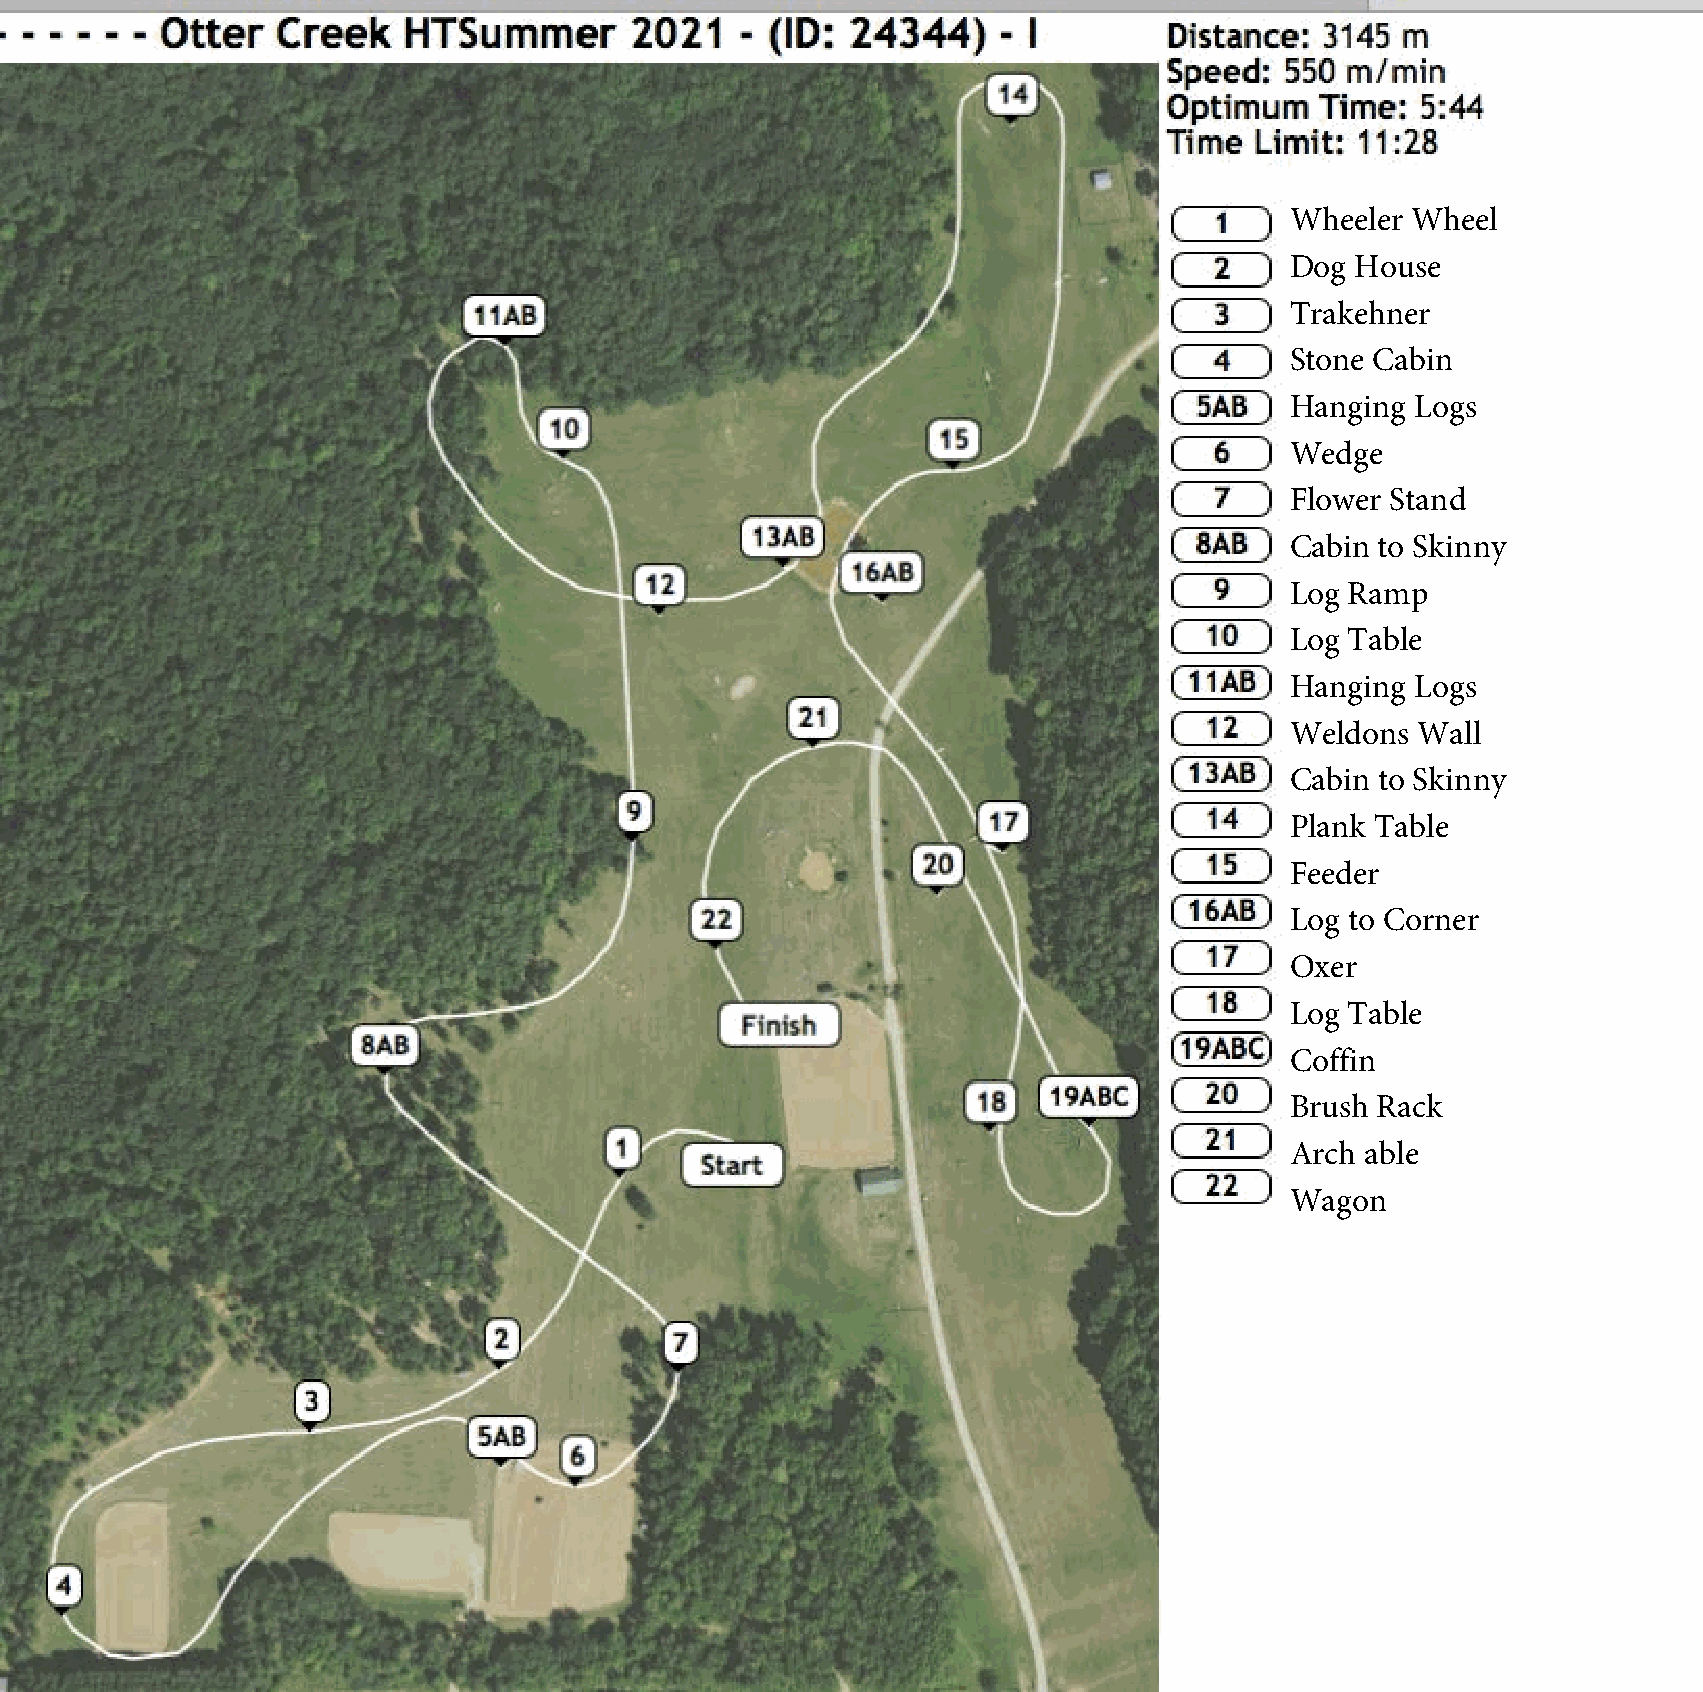
Wheeler Wheel
 Dog  House
 Trakehner
 Stone Cabin
 Hanging  Logs
 Wedge
 Flower Stand
 Cabin to Skinny
 Log Ramp
 Log Table
 Hanging  Logs
 Weldons  Wall
 Cabin to Skinny
 Plank Table
 Feeder
 Log to Corner
 Oxer
 Log Table
 Coffin
 Brush Rack
 Arch able
 Wagon